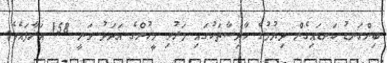
ބިންގަނޑު ކަނޑައިގެން ދިޔުމުގެ ހާދިސާތަކުގައި މަރުވި މީހުންގެ އަދަދު ވަނީ 158 އަރާފައެވެ.